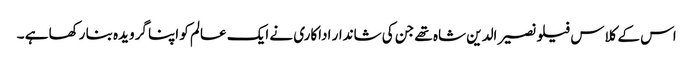
اس کے کلاس فیلو نصیر الدین شاہ تھے جن کی شاندار اداکاری نے ایک عالم کو اپنا گرویدہ بنا رکھا ہے ۔